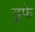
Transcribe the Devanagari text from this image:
डूफे